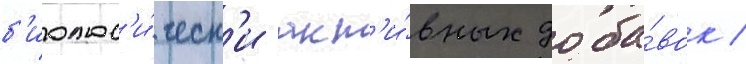
б'иолог'и́ческ'и акт'и́вных доба́вок /